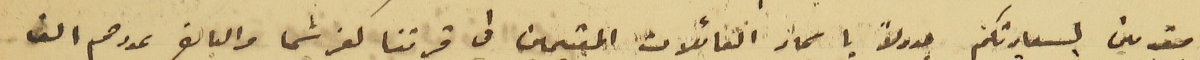
مقدمين لسيادتكم جدولاً باسماء العائلات المقيمين في قريتنا كفرشيما والبالغ عددهم الف